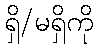
ရှိ/မရှိကို